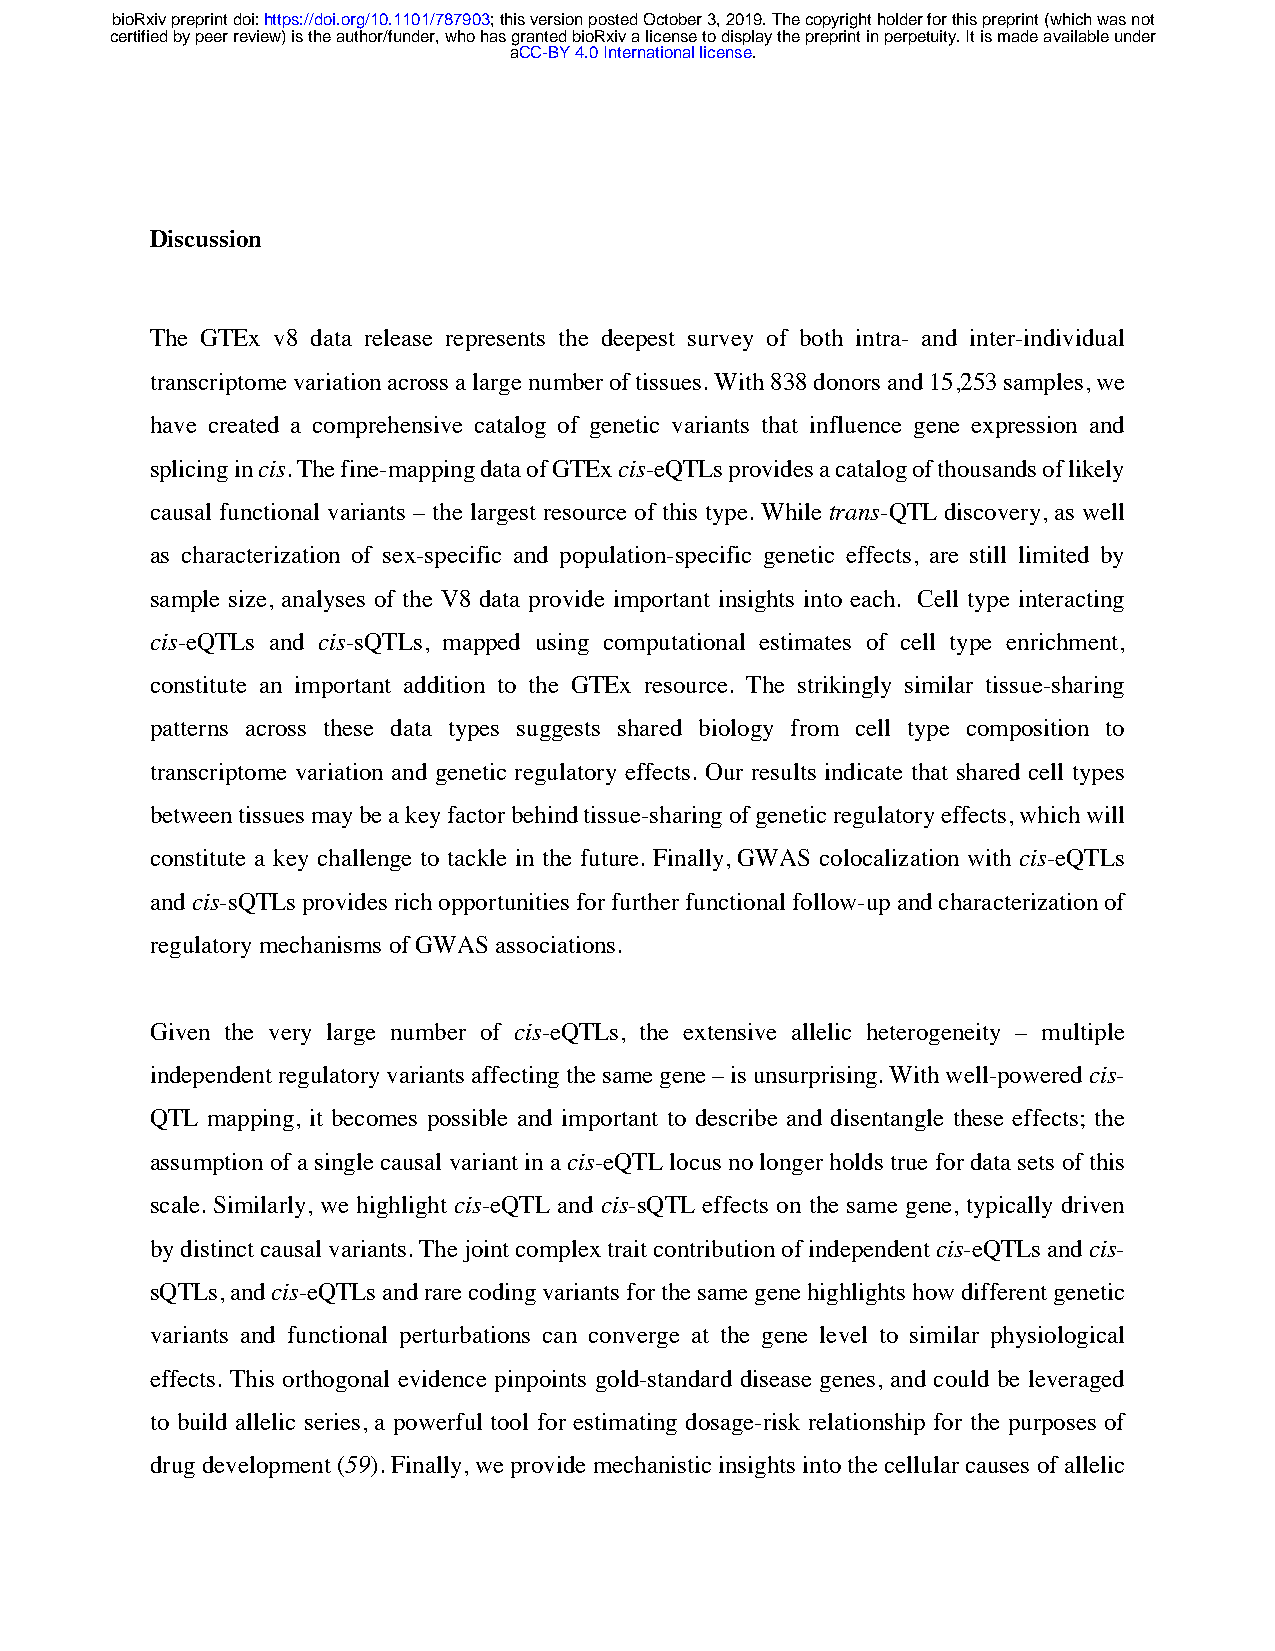
bioRxiv preprint doi: https://doi.org/10.1101/787903; this version posted October 3, 2019. The copyright holder for this preprint (which was not
 certified by peer review) is the author/funder, who has granted bioRxiv a license to display the preprint in perpetuity. It is made available under
 aCC-BY 4.0 International license.
 Discussion
 The GTEx v8 data release represents the deepest survey of both intra- and inter-individual
 transcriptome variation across a large number of tissues. With 838 donors and 15,253 samples, we
 have created a comprehensive catalog of genetic variants that influence gene expression and
 splicing in cis. The fine-mapping data of GTEx cis-eQTLs provides a catalog of thousands of likely
 causal functional variants – the largest resource of this type. While trans-QTL discovery, as well
 as characterization of sex-specific and population-specific genetic effects, are still limited by
 sample size, analyses of the V8 data provide important insights into each. Cell type interacting
 cis-eQTLs and cis-sQTLs, mapped using computational estimates of cell type enrichment,
 constitute an important addition to the GTEx resource. The strikingly similar tissue-sharing
 patterns across these data types suggests shared biology from cell type composition to
 transcriptome variation and genetic regulatory effects. Our results indicate that shared cell types
 between tissues may be a key factor behind tissue-sharing of genetic regulatory effects, which will
 constitute a key challenge to tackle in the future. Finally, GWAS colocalization with cis-eQTLs
 and cis-sQTLs provides rich opportunities for further functional follow-up and characterization of
 regulatory mechanisms of GWAS associations.
 Given the very large number of cis-eQTLs, the extensive allelic heterogeneity – multiple
 independent regulatory variants affecting the same gene – is unsurprising. With well-powered cis-
 QTL mapping, it becomes possible and important to describe and disentangle these effects; the
 assumption of a single causal variant in a cis-eQTL locus no longer holds true for data sets of this
 scale. Similarly, we highlight cis-eQTL and cis-sQTL effects on the same gene, typically driven
 by distinct causal variants. The joint complex trait contribution of independent cis-eQTLs and cis-
 sQTLs, and cis-eQTLs and rare coding variants for the same gene highlights how different genetic
 variants and functional perturbations can converge at the gene level to similar physiological
 effects. This orthogonal evidence pinpoints gold-standard disease genes, and could be leveraged
 to build allelic series, a powerful tool for estimating dosage-risk relationship for the purposes of
 drug development (59). Finally, we provide mechanistic insights into the cellular causes of allelic